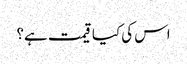
اس کی کیا قیمت ہے؟